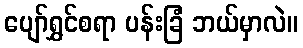
ပျော်ရွှင်စရာ ပန်းခြံ ဘယ်မှာလဲ။